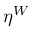
\eta ^ { W }